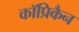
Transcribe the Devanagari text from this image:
कॉप्रिकैन